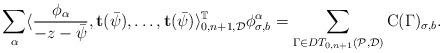
LaTeX: \begin{align*}\sum\limits_{\alpha}\langle \frac{\phi_{\alpha}}{-z-\bar{\psi}},\textbf{t}(\bar{\psi}),\ldots,\textbf{t}(\bar{\psi})\rangle ^{\mathbb{T}}_{0,n+1,\mathcal{D}}\phi^{\alpha}_{\sigma,b}=\sum\limits_{\Gamma\in DT_{0,n+1}(\mathcal{P},\mathcal{D})}\mbox{C}(\Gamma)_{\sigma,b}.\end{align*}